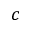
c